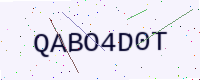
Text: QABO4D0T